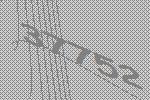
37752